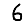
Digit: 6